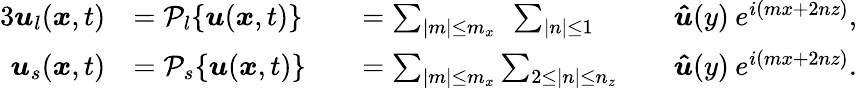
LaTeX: \begin{array}{rlrlrl}{{3}\boldsymbol{u}_{l}(\boldsymbol{x},t)}&{=\mathcal{P}_{l}\{ \boldsymbol{u}(\boldsymbol{x},t)\} }&&{=\sum_{|m|\le m_{x}}\: \: \sum_{|n|\le 1}}&&{\boldsymbol{\hat{u}}(y)\: e^{i(mx+2nz)},}\\ {\boldsymbol{u}_{s}(\boldsymbol{x},t)}&{=\mathcal{P}_{s}\{ \boldsymbol{u}(\boldsymbol{x},t)\} }&&{=\sum_{|m|\le m_{x}}\sum_{2\le|n|\le n_{z}}}&&{\boldsymbol{\hat{u}}(y)\: e^{i(mx+2nz)}.}\end{array}